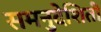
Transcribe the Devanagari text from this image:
समनुदेशिती